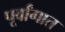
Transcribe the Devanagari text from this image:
पूर्वांगात